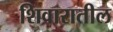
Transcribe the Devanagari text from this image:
शिवारातील